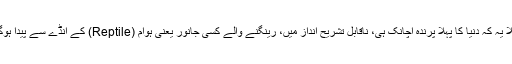
مثلاً یہ کہ دنیا کا پہلا پرندہ اچانک ہی، ناقابلِ تشریح انداز میں، رینگنے والے کسی جانور یعنی ہوّام (Reptile) کے انڈے سے پیدا ہوگیا۔